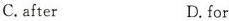
C.atter D.for